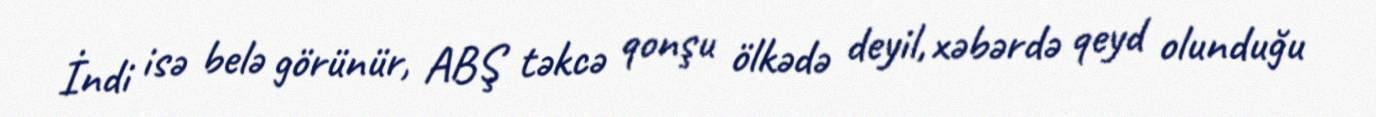
İndi isə belə görünür, ABŞ təkcə qonşu ölkədə deyil, xəbərdə qeyd olunduğu